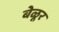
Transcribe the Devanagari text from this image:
बेळूर